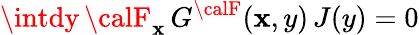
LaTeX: \intdy\, {\calF}_{\mathbf{x}}\, G^{\calF}(\mathbf{x},y)\, J(y)=0